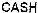
CASH